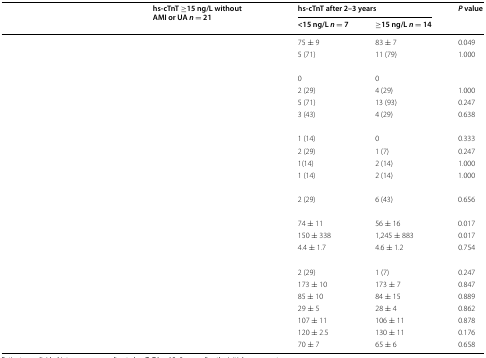
<table><thead><tr><td rowspan="2">[EMPTY_CELL]</td><td rowspan="2"><b>hs-cTnT ≥15 ng/L without AMI or UA <i>n</i> = 21</b></td><td colspan="2"><b>hs-cTnT after 2–3 years</b></td><td rowspan="2"><b><i>P</i> value</b></td></tr><tr><td><b>&lt;15 ng/L <i>n</i> = 7</b></td><td><b>≥15 ng/L <i>n</i> = 14</b></td></tr></thead><tbody><tr><td>[EMPTY_CELL]</td><td>[EMPTY_CELL]</td><td>75 ± 9</td><td>83 ± 7</td><td>0.049</td></tr><tr><td>[EMPTY_CELL]</td><td>[EMPTY_CELL]</td><td>5 (71)</td><td>11 (79)</td><td>1.000</td></tr><tr><td colspan="5">[EMPTY_CELL]</td></tr><tr><td>[EMPTY_CELL]</td><td>[EMPTY_CELL]</td><td>0</td><td>0</td><td>[EMPTY_CELL]</td></tr><tr><td>[EMPTY_CELL]</td><td>[EMPTY_CELL]</td><td>2 (29)</td><td>4 (29)</td><td>1.000</td></tr><tr><td>[EMPTY_CELL]</td><td>[EMPTY_CELL]</td><td>5 (71)</td><td>13 (93)</td><td>0.247</td></tr><tr><td>[EMPTY_CELL]</td><td>[EMPTY_CELL]</td><td>3 (43)</td><td>4 (29)</td><td>0.638</td></tr><tr><td colspan="5">[EMPTY_CELL]</td></tr><tr><td>[EMPTY_CELL]</td><td>[EMPTY_CELL]</td><td>1 (14)</td><td>0</td><td>0.333</td></tr><tr><td>[EMPTY_CELL]</td><td>[EMPTY_CELL]</td><td>2 (29)</td><td>1 (7)</td><td>0.247</td></tr><tr><td>[EMPTY_CELL]</td><td>[EMPTY_CELL]</td><td>1(14)</td><td>2 (14)</td><td>1.000</td></tr><tr><td>[EMPTY_CELL]</td><td>[EMPTY_CELL]</td><td>1 (14)</td><td>2 (14)</td><td>1.000</td></tr><tr><td colspan="5">[EMPTY_CELL]</td></tr><tr><td>[EMPTY_CELL]</td><td>[EMPTY_CELL]</td><td>2 (29)</td><td>6 (43)</td><td>0.656</td></tr><tr><td>[EMPTY_CELL]</td><td>[EMPTY_CELL]</td><td>[EMPTY_CELL]</td><td>[EMPTY_CELL]</td><td>[EMPTY_CELL]</td></tr><tr><td>[EMPTY_CELL]</td><td>[EMPTY_CELL]</td><td>74 ± 11</td><td>56 ± 16</td><td>0.017</td></tr><tr><td>[EMPTY_CELL]</td><td>[EMPTY_CELL]</td><td>150 ± 338</td><td>1,245 ± 883</td><td>0.017</td></tr><tr><td>[EMPTY_CELL]</td><td>[EMPTY_CELL]</td><td>4.4 ± 1.7</td><td>4.6 ± 1.2</td><td>0.754</td></tr><tr><td colspan="5">[EMPTY_CELL]</td></tr><tr><td>[EMPTY_CELL]</td><td>[EMPTY_CELL]</td><td>2 (29)</td><td>1 (7)</td><td>0.247</td></tr><tr><td>[EMPTY_CELL]</td><td>[EMPTY_CELL]</td><td>173 ± 10</td><td>173 ± 7</td><td>0.847</td></tr><tr><td>[EMPTY_CELL]</td><td>[EMPTY_CELL]</td><td>85 ± 10</td><td>84 ± 15</td><td>0.889</td></tr><tr><td>[EMPTY_CELL]</td><td>[EMPTY_CELL]</td><td>29 ± 5</td><td>28 ± 4</td><td>0.862</td></tr><tr><td>[EMPTY_CELL]</td><td>[EMPTY_CELL]</td><td>107 ± 11</td><td>106 ± 11</td><td>0.878</td></tr><tr><td>[EMPTY_CELL]</td><td>[EMPTY_CELL]</td><td>120 ± 2.5</td><td>130 ± 11</td><td>0.176</td></tr><tr><td>[EMPTY_CELL]</td><td>[EMPTY_CELL]</td><td>70 ± 7</td><td>65 ± 6</td><td>0.658</td></tr></tbody></table>